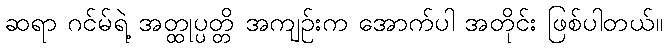
ဆရာ ဂင်မ်ရဲ့ အတ္ထုပ္ပတ္တိ အကျဉ်းက အောက်ပါ အတိုင်း ဖြစ်ပါတယ်။